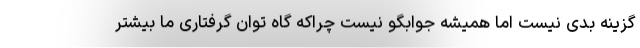
گزینه بدی نیست اما همیشه جوابگو نیست چراکه گاه توان گرفتاری ما بیشتر